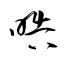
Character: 晧